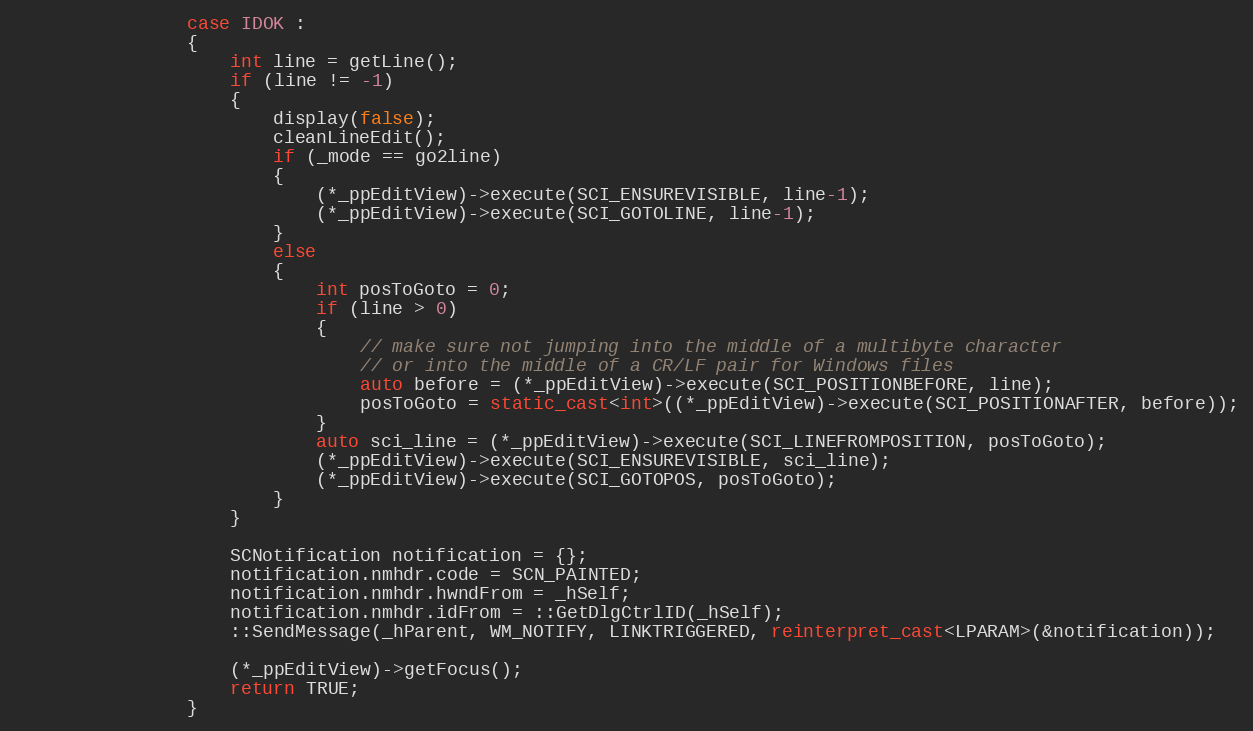
Language: C++
				case IDOK :
                {
                    int line = getLine();
                    if (line != -1)
                    {
                        display(false);
                        cleanLineEdit();
						if (_mode == go2line)
						{
							(*_ppEditView)->execute(SCI_ENSUREVISIBLE, line-1);
							(*_ppEditView)->execute(SCI_GOTOLINE, line-1);
						}
						else
						{
							int posToGoto = 0;
							if (line > 0)
							{
								// make sure not jumping into the middle of a multibyte character
								// or into the middle of a CR/LF pair for Windows files
								auto before = (*_ppEditView)->execute(SCI_POSITIONBEFORE, line);
								posToGoto = static_cast<int>((*_ppEditView)->execute(SCI_POSITIONAFTER, before));
							}
							auto sci_line = (*_ppEditView)->execute(SCI_LINEFROMPOSITION, posToGoto);
							(*_ppEditView)->execute(SCI_ENSUREVISIBLE, sci_line);
							(*_ppEditView)->execute(SCI_GOTOPOS, posToGoto);
						}
					}

					SCNotification notification = {};
					notification.nmhdr.code = SCN_PAINTED;
					notification.nmhdr.hwndFrom = _hSelf;
					notification.nmhdr.idFrom = ::GetDlgCtrlID(_hSelf);
					::SendMessage(_hParent, WM_NOTIFY, LINKTRIGGERED, reinterpret_cast<LPARAM>(&notification));

                    (*_ppEditView)->getFocus();
                    return TRUE;
                }